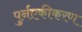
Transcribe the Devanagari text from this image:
पुर्नएकीकरण